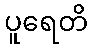
ပူရေတိ